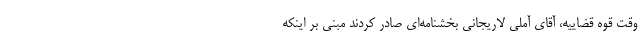
وقت قوه قضاییه، آقای آملی لاریجانی بخشنامه‌ای صادر کردند مبنی بر اینکه